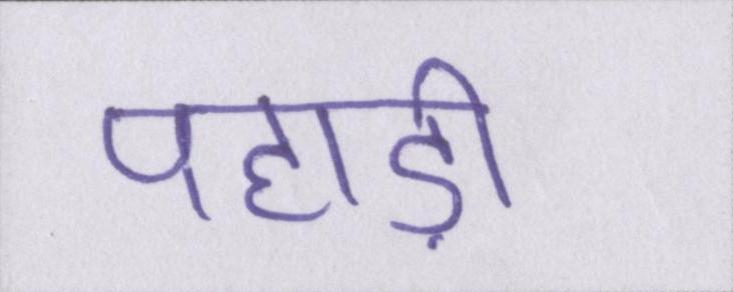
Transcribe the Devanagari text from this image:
पहाड़ी